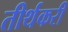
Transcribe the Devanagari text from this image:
तीर्थकरी